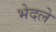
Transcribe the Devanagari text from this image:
भेदले